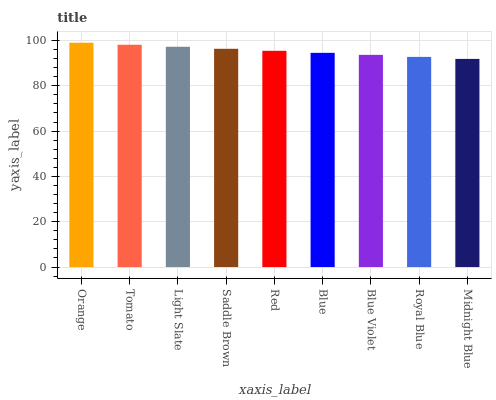
| xaxis_label | bars |
 | --- | --- |
 | Orange | 99 |
 | Tomato | 98.1 |
 | Light Slate | 97.2 |
 | Saddle Brown | 96.3 |
 | Red | 95.4 |
 | Blue | 94.5 |
 | Blue Violet | 93.6 |
 | Royal Blue | 92.7 |
 | Midnight Blue | 91.9 |